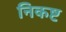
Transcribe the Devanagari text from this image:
निकष्ट